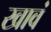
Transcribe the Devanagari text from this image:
खावं